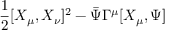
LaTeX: \frac { 1 } { 2 } [ X _ { \mu } , X _ { \nu } ] ^ { 2 } - \bar { \Psi } \Gamma ^ { \mu } [ X _ { \mu } , \Psi ]